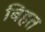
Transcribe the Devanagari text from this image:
बिहत